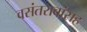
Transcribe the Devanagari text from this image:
वसंतरावांसह